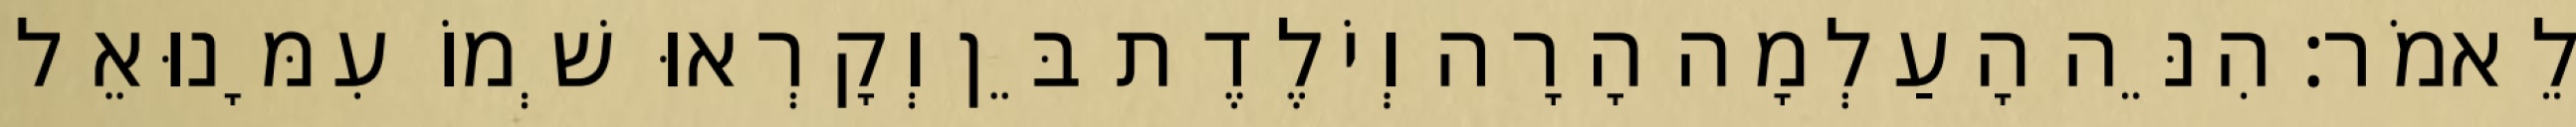
לֵאמֹר׃ הִנֵּה הָעַלְמָה הָרָה וְיֹלֶדֶת בֵּן וְקָרְאוּ שְׁמוֹ עִמָּנוּאֵל